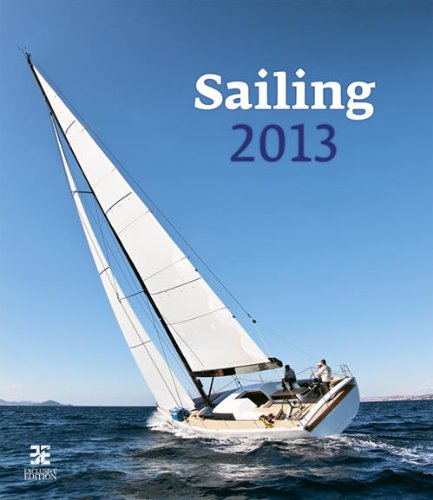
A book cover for Sailing 2013 Wall Calendar; Helma365; Calendars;